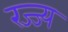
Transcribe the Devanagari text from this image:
रज्ज्य